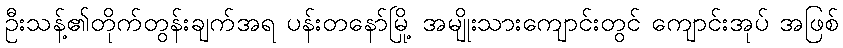
ဦးသန့်၏တိုက်တွန်းချက်အရ ပန်းတနော်မြို့ အမျိုးသားကျောင်းတွင် ကျောင်းအုပ် အဖြစ်